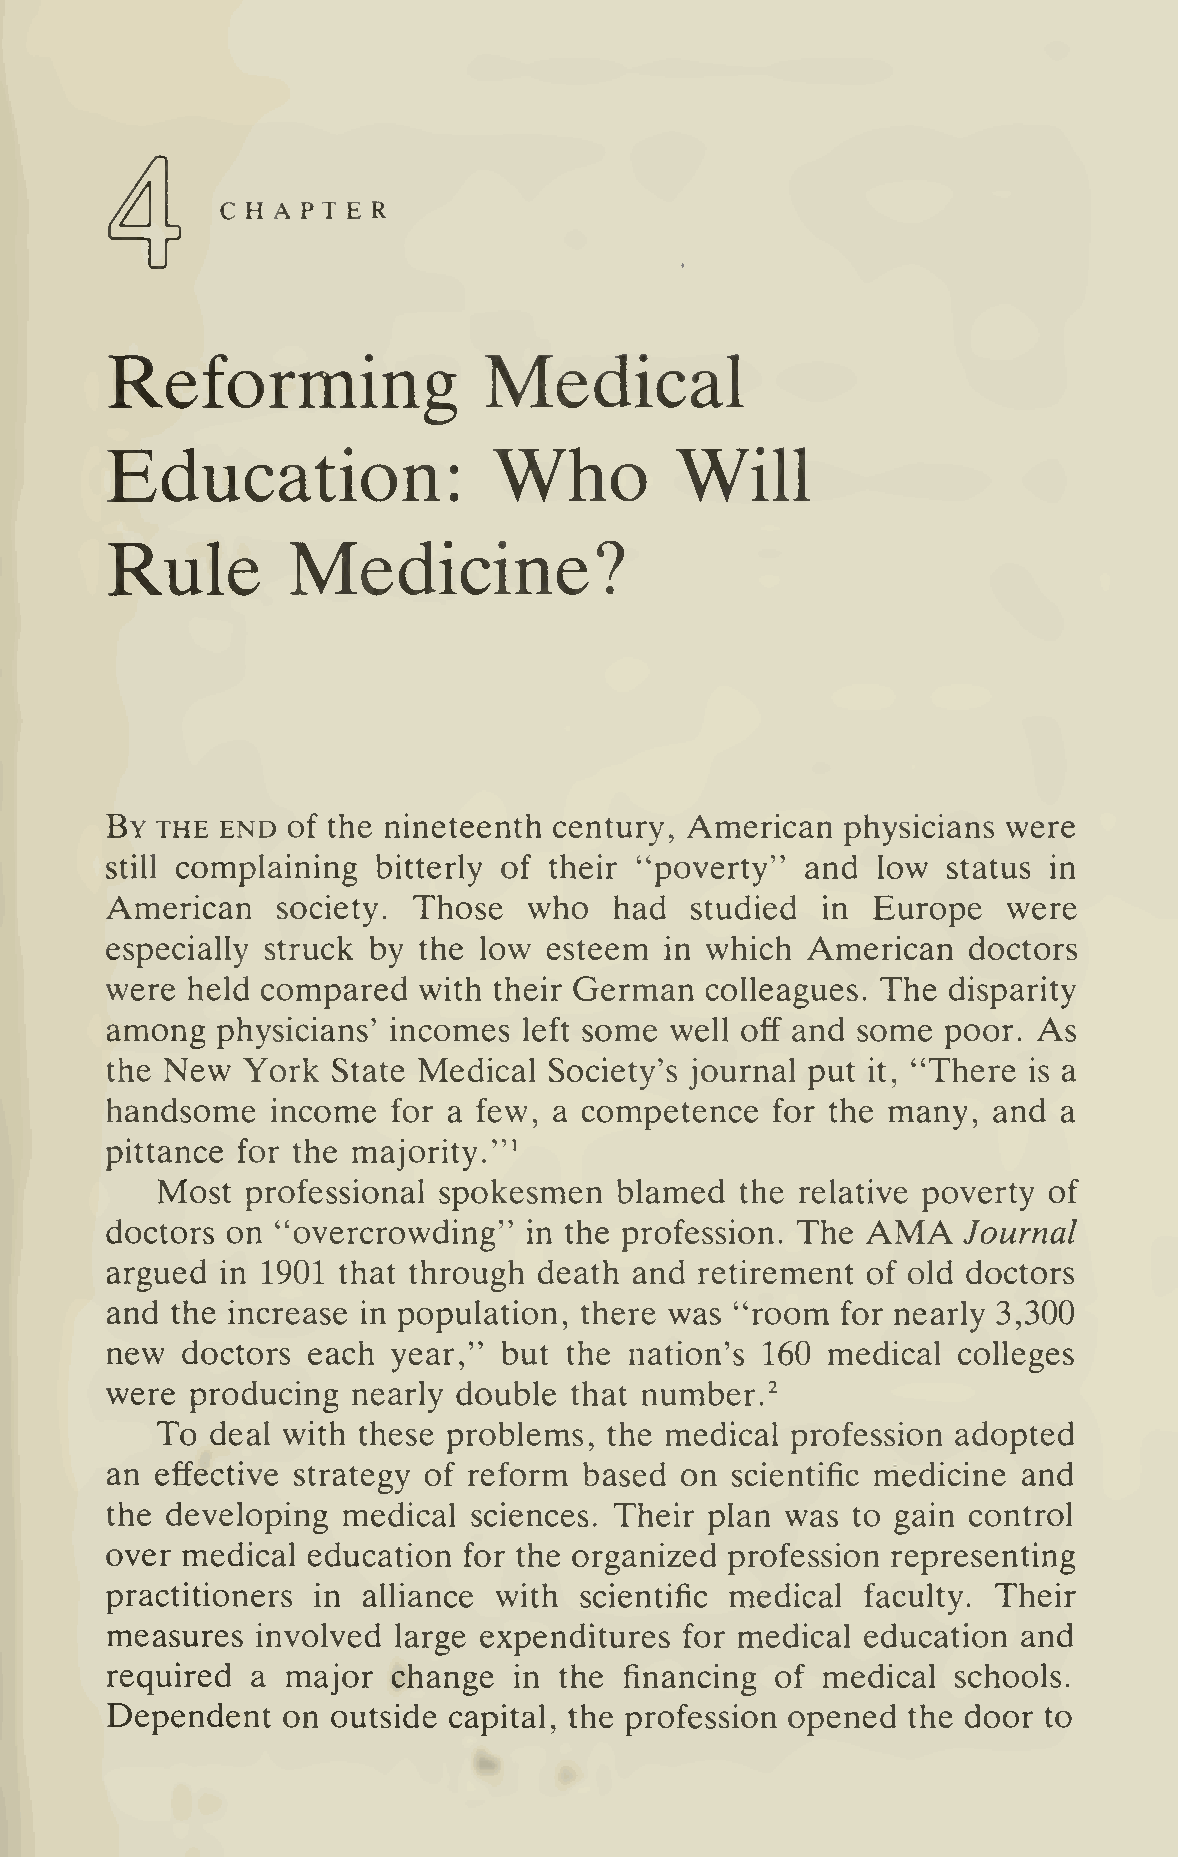
CHAPTER
 Reforming                Medical
 Who
 Education:                            Will
 Rule        Medicine?
 By the  end of the nineteenth century, American  physicians were
 still complaining bitterly of their "poverty" and  low  status in
 American   society. Those   who   had  studied in  Europe   were
 especially struck by the low esteem  in which American   doctors
 were held compared   with their German  colleagues. The disparity
 among  physicians' incomes  left some well off and some poor. As
 the New  York  State Medical Society's journal put it, "There is a
 handsome   income  for a few, a competence  for the many,  and a
 pittance for the majority."^
 Most  professional spokesmen   blamed  the relative poverty of
 AMA
 doctors on "overcrowding"   in the profession. The       Journal
 argued  in 1901 that through death and retirement of old doctors
 and the increase in population, there was "room  for nearly 3,300
 new  doctors each  year," but the  nation's 160 medical colleges
 were  producing nearly double  that number.^
 To  deal with these problems, the medical profession adopted
 an effective strategy of reform based on scientific medicine and
 the developing  medical sciences. Their plan was to gain control
 over medical education  for the organized profession representing
 practitioners in alliance with scientific medical faculty. Their
 measures  involved large expenditures for medical education  and
 required  a major  change  in the financing of medical  schools.
 Dependent   on outside capital, the profession opened the door to